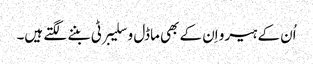
اُن کے ہیرو اِن کے بھی ماڈل و سلیبرٹی بننے لگتے ہیں۔